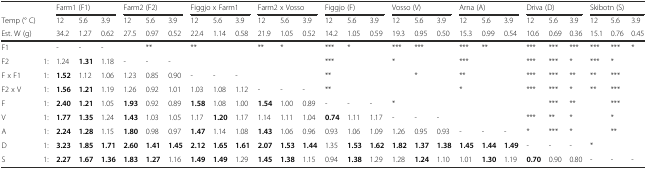
<table><thead><tr><td></td><td></td><td colspan="3"><b>Farm1 (F1)</b></td><td colspan="3"><b>Farm2 (F2)</b></td><td colspan="3"><b>Figgjo x Farm1</b></td><td colspan="3"><b>Farm2 x Vosso</b></td><td colspan="3"><b>Figgjo (F)</b></td><td colspan="3"><b>Vosso (V)</b></td><td colspan="3"><b>Arna (A)</b></td><td colspan="3"><b>Driva (D)</b></td><td colspan="3"><b>Skibotn (S)</b></td></tr><tr><td><b>Temp (° C)</b></td><td></td><td><b>12</b></td><td><b>5.6</b></td><td><b>3.9</b></td><td><b>12</b></td><td><b>5.6</b></td><td><b>3.9</b></td><td><b>12</b></td><td><b>5.6</b></td><td><b>3.9</b></td><td><b>12</b></td><td><b>5.6</b></td><td><b>3.9</b></td><td><b>12</b></td><td><b>5.6</b></td><td><b>3.9</b></td><td><b>12</b></td><td><b>5.6</b></td><td><b>3.9</b></td><td><b>12</b></td><td><b>5.6</b></td><td><b>3.9</b></td><td><b>12</b></td><td><b>5.6</b></td><td><b>3.9</b></td><td><b>12</b></td><td><b>5.6</b></td><td><b>3.9</b></td></tr><tr><td colspan="2"><b>Est. W (g)</b></td><td><b>34.2</b></td><td><b>1.27</b></td><td><b>0.62</b></td><td><b>27.5</b></td><td><b>0.97</b></td><td><b>0.52</b></td><td><b>22.4</b></td><td><b>1.14</b></td><td><b>0.58</b></td><td><b>21.9</b></td><td><b>1.05</b></td><td><b>0.52</b></td><td><b>14.2</b></td><td><b>1.05</b></td><td><b>0.59</b></td><td><b>19.3</b></td><td><b>0.95</b></td><td><b>0.50</b></td><td><b>15.3</b></td><td><b>0.99</b></td><td><b>0.54</b></td><td><b>10.6</b></td><td><b>0.69</b></td><td><b>0.36</b></td><td><b>15.1</b></td><td><b>0.76</b></td><td><b>0.45</b></td></tr></thead><tbody><tr><td>F1</td><td></td><td>-</td><td>-</td><td>-</td><td></td><td>**</td><td></td><td>**</td><td></td><td></td><td>**</td><td>*</td><td></td><td>***</td><td>*</td><td></td><td>***</td><td>***</td><td></td><td>***</td><td>**</td><td></td><td>***</td><td>***</td><td>***</td><td>***</td><td>***</td><td>*</td></tr><tr><td>F2</td><td>1:</td><td>1.24</td><td><b>1.31</b></td><td>1.18</td><td>-</td><td>-</td><td>-</td><td></td><td></td><td></td><td></td><td></td><td></td><td>***</td><td></td><td></td><td>*</td><td></td><td></td><td>***</td><td></td><td></td><td>***</td><td>***</td><td>*</td><td>***</td><td>*</td><td></td></tr><tr><td>F x F1</td><td>1:</td><td><b>1.52</b></td><td>1.12</td><td>1.06</td><td>1.23</td><td>0.85</td><td>0.90</td><td>-</td><td>-</td><td>-</td><td></td><td></td><td></td><td>**</td><td></td><td></td><td></td><td>*</td><td></td><td>**</td><td></td><td></td><td>***</td><td>***</td><td>**</td><td>**</td><td>***</td><td></td></tr><tr><td>F2 x V</td><td>1:</td><td><b>1.56</b></td><td><b>1.21</b></td><td>1.19</td><td>1.26</td><td>0.92</td><td>1.01</td><td>1.03</td><td>1.08</td><td>1.12</td><td>-</td><td>-</td><td>-</td><td>**</td><td></td><td></td><td></td><td></td><td></td><td>*</td><td></td><td></td><td>***</td><td>***</td><td>*</td><td>**</td><td>***</td><td></td></tr><tr><td>F</td><td>1:</td><td><b>2.40</b></td><td><b>1.21</b></td><td>1.05</td><td><b>1.93</b></td><td>0.92</td><td>0.89</td><td><b>1.58</b></td><td>1.08</td><td>1.00</td><td><b>1.54</b></td><td>1.00</td><td>0.89</td><td>-</td><td>-</td><td>-</td><td>*</td><td></td><td></td><td></td><td></td><td></td><td></td><td>***</td><td>**</td><td></td><td>***</td><td></td></tr><tr><td>V</td><td>1:</td><td><b>1.77</b></td><td><b>1.35</b></td><td>1.24</td><td><b>1.43</b></td><td>1.03</td><td>1.05</td><td>1.17</td><td><b>1.20</b></td><td>1.17</td><td>1.14</td><td>1.11</td><td>1.04</td><td><b>0.74</b></td><td>1.11</td><td>1.17</td><td>-</td><td>-</td><td>-</td><td></td><td></td><td></td><td>***</td><td>**</td><td>*</td><td></td><td>*</td><td></td></tr><tr><td>A</td><td>1:</td><td><b>2.24</b></td><td><b>1.28</b></td><td>1.15</td><td><b>1.80</b></td><td>0.98</td><td>0.97</td><td><b>1.47</b></td><td>1.14</td><td>1.08</td><td><b>1.43</b></td><td>1.06</td><td>0.96</td><td>0.93</td><td>1.06</td><td>1.09</td><td>1.26</td><td>0.95</td><td>0.93</td><td>-</td><td>-</td><td>-</td><td>*</td><td>***</td><td>*</td><td></td><td>**</td><td></td></tr><tr><td>D</td><td>1:</td><td><b>3.23</b></td><td><b>1.85</b></td><td><b>1.71</b></td><td><b>2.60</b></td><td><b>1.41</b></td><td><b>1.45</b></td><td><b>2.12</b></td><td><b>1.65</b></td><td><b>1.61</b></td><td><b>2.07</b></td><td><b>1.53</b></td><td><b>1.44</b></td><td>1.35</td><td><b>1.53</b></td><td><b>1.62</b></td><td><b>1.82</b></td><td><b>1.37</b></td><td><b>1.38</b></td><td><b>1.45</b></td><td><b>1.44</b></td><td><b>1.49</b></td><td>-</td><td>-</td><td>-</td><td>*</td><td></td><td></td></tr><tr><td>S</td><td>1:</td><td><b>2.27</b></td><td><b>1.67</b></td><td><b>1.36</b></td><td><b>1.83</b></td><td><b>1.27</b></td><td>1.16</td><td><b>1.49</b></td><td><b>1.49</b></td><td>1.29</td><td><b>1.45</b></td><td><b>1.38</b></td><td>1.15</td><td>0.94</td><td><b>1.38</b></td><td>1.29</td><td>1.28</td><td><b>1.24</b></td><td>1.10</td><td>1.01</td><td><b>1.30</b></td><td>1.19</td><td><b>0.70</b></td><td>0.90</td><td>0.80</td><td>-</td><td>-</td><td>-</td></tr></tbody></table>